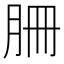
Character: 𦙱